system: You are a helpful assistant.
user:
Analyze the provided spectrum to determine if it is a **S-type Star**.

- **Key Indicators for S-type Star:**

    - **(Overall Spectrum Shape):** The first and most obvious characteristic is the overall continuum (the "baseline" shape). It is **extremely "red-sloping,"** meaning the flux (light intensity) is very low on the left side (blue, ~4000-4500 Å) and rises steeply and continuously toward the right side (red, ~7000 Å+).

    - **(Primary):** The spectrum is defined by the presence of strong, broad molecular absorption "valleys" (bands) from **Zirconium Oxide (ZrO)**. The identification of these bands is the **primary requirement** for classifying a star as S-type.
        - **(Key Bandheads):** You must find distinct, deep "dips" where the light has been absorbed. The most critical band systems to locate are:
            - **~6474 Å** ($\gamma$-system): This is often the strongest and clearest ZrO feature, found in the red part of the spectrum.
            - **~5718 Å** & **~5551 Å** ($\beta$-system): A pair of prominent absorption features in the yellow-orange part of the spectrum.
            - **~4640 Å** ($\alpha$-system): A key absorption band system in the blue-green region of the spectrum.

    - **(Secondary Confirmation):** The classification is strengthened by finding additional absorption bands from other related heavy element oxides, which are expected to be present alongside ZrO.
        - **(Key Bandheads):**
            - **Yttrium Oxide (YO):** Look for absorption dips near **~4800 Å** and **~6100 Å**.
            - **Lanthanum Oxide (LaO):** Additional absorption features, particularly in the red-orange part of the spectrum, are also characteristic.

    - **(Line Profile):** The combination of the steep red continuum and these numerous, deep molecular bands (ZrO, YO, etc.) gives the entire spectrum a very **"chopped-up"** or **"bumpy"** appearance. Instead of a smooth curve, the spectrum looks as though large, wide chunks of light have been "carved out" of it at the specific wavelengths listed above.

Think first, call **spectral_visualization_tool** if needed to examine features in detail, then provide your final answer. Your response must adhere to the following strict rules:
1.  **Overall Structure:** Your response must follow the format `<think>...</think> <tool_call>...</tool_call> (if a tool is used) <answer>...</answer>`.
2.  **Tool Usage Constraint:** You may only make **one** tool call per turn.
3.  **Final Answer Format:** In the `<answer>` tag, your conclusion must be inside a `\boxed{}` command (e.g., `\boxed{YES}` or `\boxed{NO}`), followed by your justification.

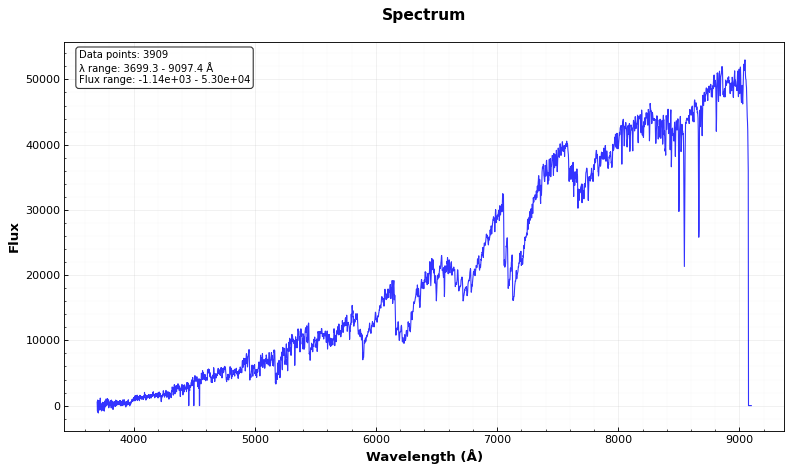
Answer: YES